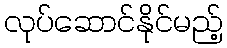
လုပ်ဆောင်နိုင်မည့်